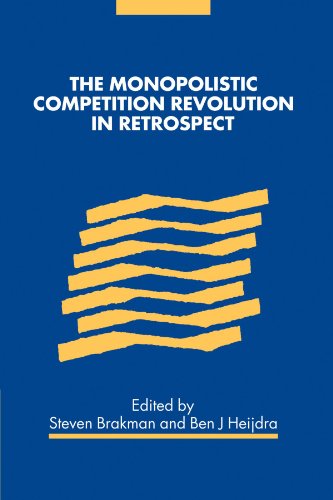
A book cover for The Monopolistic Competition Revolution in Retrospect; Business & Money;